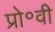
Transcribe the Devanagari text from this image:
प्रो॰वी